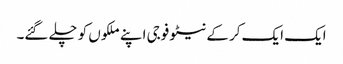
ایک ایک کر کے نیٹو فوجی اپنے ملکوں کو چلے گئے۔